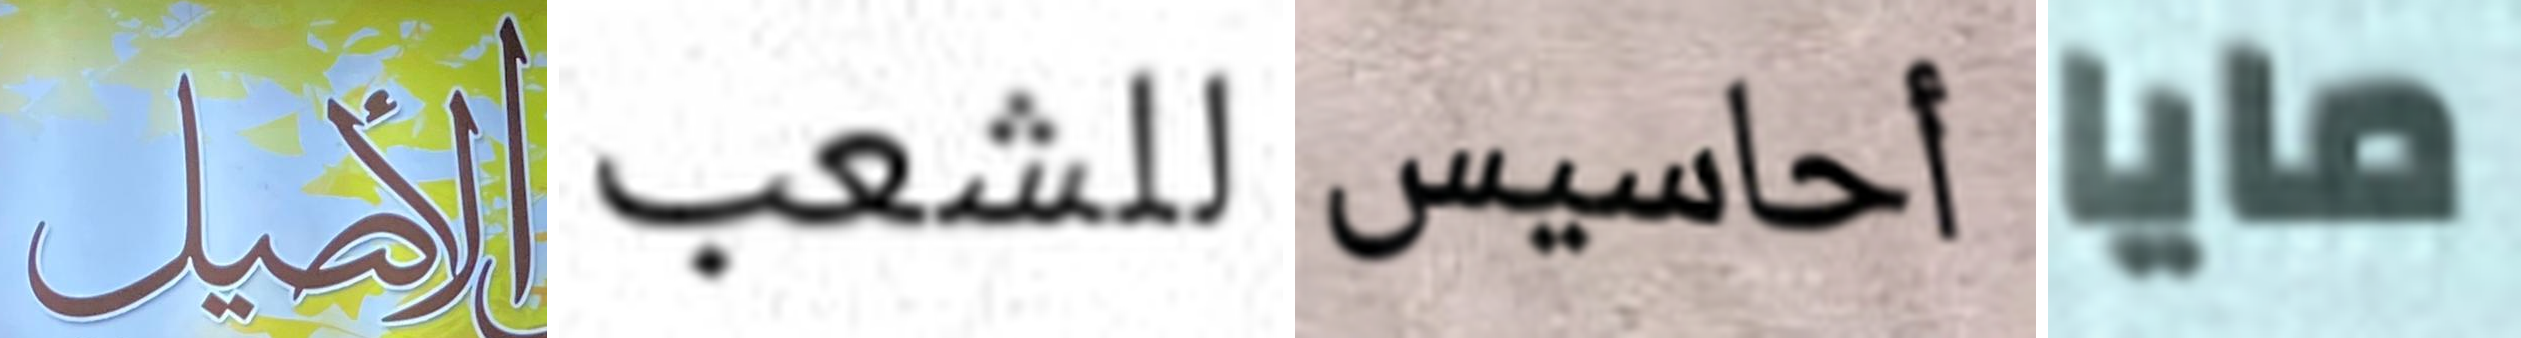
الأصيل للشعب أحاسيس مايا